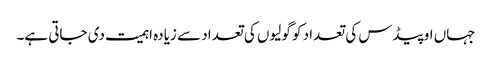
جہاں اوپیڈس کی تعداد کو گولیوں کی تعداد سے زیادہ اہمیت دی جاتی ہے۔